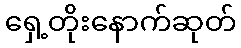
ရှေ့တိုးနောက်ဆုတ်